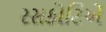
રસકોટિએ